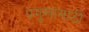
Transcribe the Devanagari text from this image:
प्रमुखांसाठी